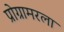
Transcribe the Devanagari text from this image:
प्रोग्रामरला